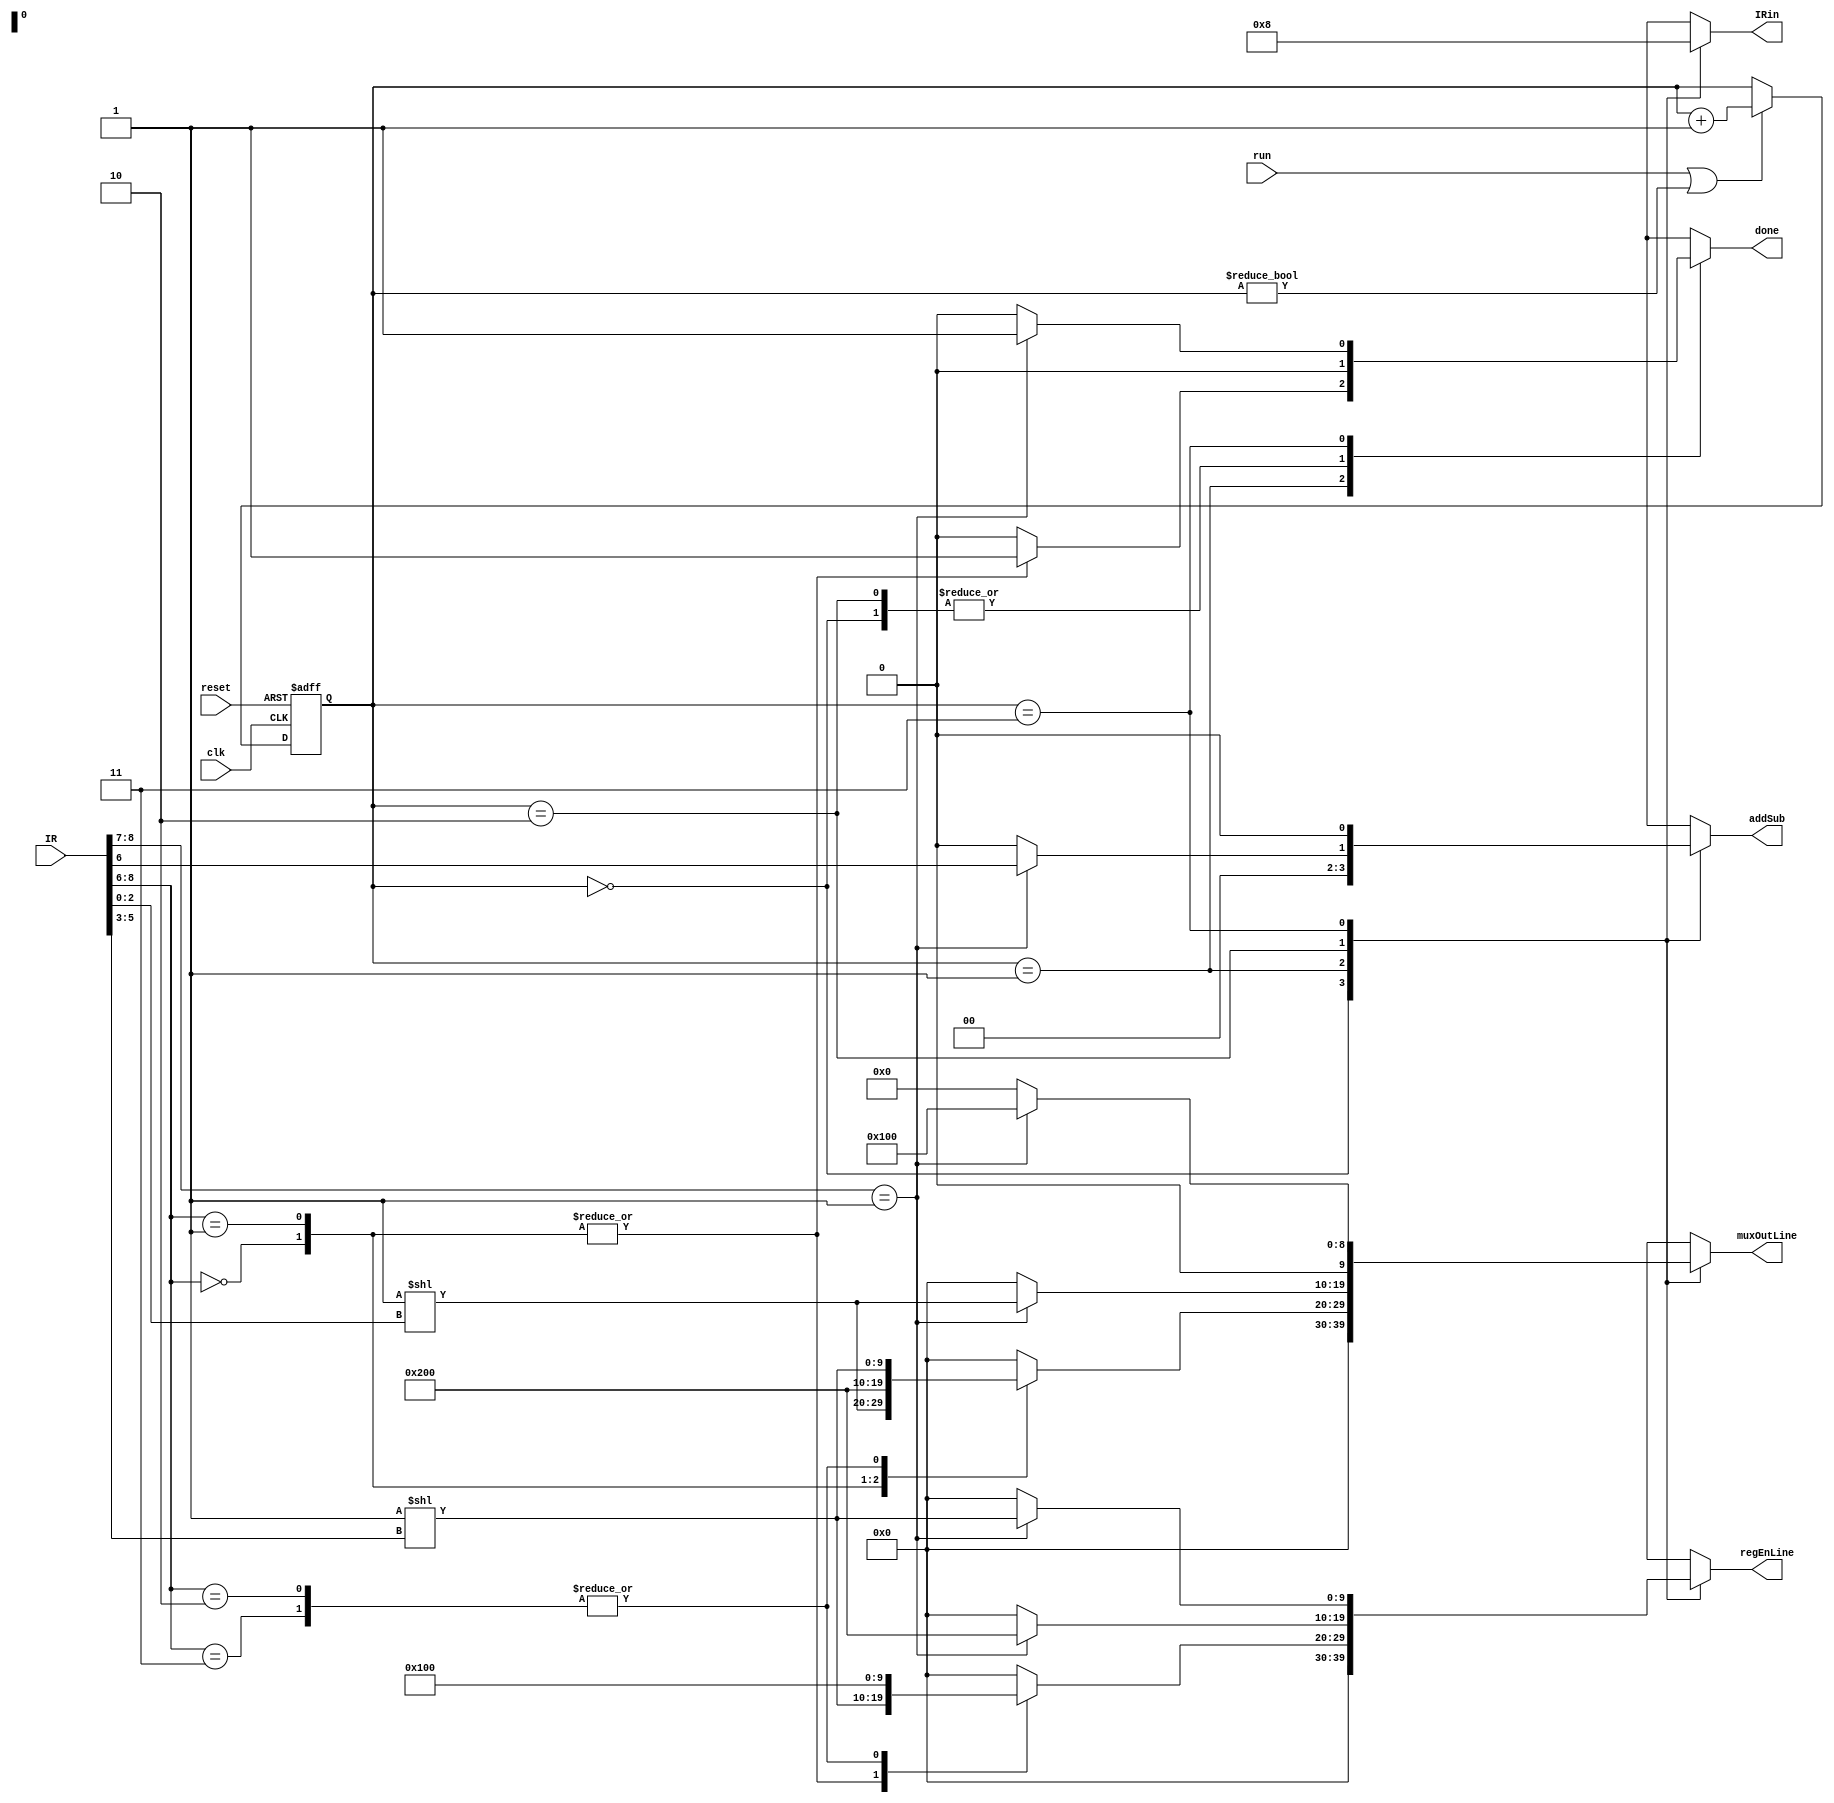
// Equivalent iverilog simulation code
module controlUnit(
	output reg  [9:0] muxOutLine,
	output reg  [9:0] regEnLine,
	output reg  IRin, addSub, done,
	input  wire [08:0] IR,
	input  wire run, reset, clk
);
	reg [1:0] count;
	
	// Counter Control
	always @(posedge clk or negedge reset) begin
		if(~reset)
			count <= 2'b0;
		else if(run | count != 0)				// Run required for only one clk cycle.
			count <= count + 2'b1;
	end
	
	// Control Unit (Combinational Main part)
	always @(*) begin
		case (count)
			// Time Step 0
			2'b00: begin	//Update IR
				{muxOutLine, regEnLine} = 20'b0;
				{IRin, addSub, done} = 3'b100;
			end
			// Time Step 1
			2'b01:
			case(IR[8:6])
				3'b000: begin		// mv handle
					muxOutLine = 1'b1 << IR[2:0];		// Source
					regEnLine  = 1'b1 << IR[5:3];		// Destination
					{IRin, addSub, done} = {2'b0, 1'b1};
				end
				3'b001: begin			// mvi handle
					muxOutLine = 1'b1 << 9;				// Enable Din for mux select
					regEnLine  = 1'b1 << IR[5:3];		// Destination
					{IRin, addSub, done} = {2'b0, 1'b1};
				end
				3'b010, 3'b011: begin// add/Sub Handle
					muxOutLine = 1'b1 << IR[5:3];		// Source
					regEnLine  = 1'b1 << 8;				// Destination (A on loc8)
					{IRin, addSub, done} = 3'b0;
				end
				default: begin
					muxOutLine = 10'b0;
					regEnLine  = 10'b0;
					{IRin, addSub, done} = 3'b0;
				end
			endcase
			// Time Step 2
			2'b10:
				if(IR[8:7] == 2'b01)begin
					muxOutLine = 1'b1 << IR[2:0];
					regEnLine  = 1'b1 << 9;			// Destination (Gin Enable on Loc9)
					addSub = IR[6];					// 0 for Add. 1 for Sub
					{IRin, done} = 2'b0;
				end
				else begin		// This is combinational logic. Heed the else's to avoid latches.
					muxOutLine = 10'b0;
					regEnLine  = 10'b0;
					{IRin, addSub, done} = 3'b0;
				end
			// Time Step 3
			2'b11:
				if(IR[8:7] == 2'b01)begin
					muxOutLine = 1'b1 << 8;				// Gout enable
					regEnLine  = 1'b1 << IR[5:3];		// Rx in.
					{IRin, addSub, done} = 3'b1;		// Send Done signal.
				end
				else begin		// This is combinational logic. Heed the else's to avoid latches.
					muxOutLine = 10'b0;
					regEnLine  = 10'b0;
					{IRin, addSub, done} = 3'b0;
				end
		endcase
	end
endmodule

module regBank(
	output reg  [15:0] bus,
	input  wire [15:0] G, Din,
	input  wire [07:0] RxEn, RxSel,
	input  wire GSel, DinSel,
	input  wire reset, clk
);
	integer i;
	reg [15:0] R [7:0];
	wire [15:0] Ra, Rb, Rc, Rd;
	
	assign Ra = R[0];
	assign Rb = R[1];
	assign Rc = R[2];
	assign Rd = R[3];
	// Register Logic
	always @(posedge clk or negedge reset) begin
		if(~reset)
			for(i=0; i<8; i=i+1)
				R[i] <= 16'd0;
		else for(i=0; i<8; i=i+1) begin
			if(RxEn[i])
				R[i] <= bus;
		end
	end
	// Mux Logic
	always @(*) begin
		bus = 0;
		if(GSel)
			bus = G;
		else if(DinSel)
			bus = Din;
		else for(i=0; i<8; i=i+1)
			if(RxSel[i])
				bus = R[i];
	end
endmodule


module proc(
	output wire [15:0] bus,
	output wire done,
	input  wire [15:0] Din,
	input  wire run, reset, clk 
);
	wire [9:0] muxOutLine, regEnLine;
	wire IRin, addSub;
	reg  [8:0] IR;
	reg  [15:0] A, G;
	
	// Reg A, G handle
	always @(posedge clk or negedge reset) begin
		if(~reset)
			{A, G} <= 32'd0;
		else begin
			if(regEnLine[8])
				A <= bus;
			if(regEnLine[9])
				G <= addSub ? A-bus: A+bus;
		end
	end
	
	// Instrunction Register Handle
	always @(posedge clk or negedge reset) begin
		if(~reset)
			IR <= 9'd0;
		else if(IRin)
			IR <= Din[15:7];
	end
	
	controlUnit CU0(
		muxOutLine,
		regEnLine,
		IRin, addSub, done,
		IR,
		run, reset, clk
	);
	
	regBank RB0(
		bus,
		G, Din,
		regEnLine[7:0], muxOutLine[7:0],
		muxOutLine[8], muxOutLine[9],
		reset, clk
	);
endmodule

module main;
	wire [15:0] bus;
	wire done;
	reg  [15:0] Din;
	reg  run, reset, clk;
	
	integer i=0;
	proc P0(bus, done, Din, run, reset, clk);
	
	initial begin
		$dumpfile("test.vcd");
		$dumpvars(0, main);
		
		#0 reset=1; run=0; clk=0; Din=0;
		#1 reset=0; #1 reset=1;
		
		#0 run=1'b1;
		
		// mv R0, #10				
		#0 Din=16'h2400;					//m
		#1 clk = ~clk; #1 clk = ~clk;		//p
		#1 Din=16'h000A;					//m
		#1 clk = ~clk; #1 clk = ~clk;		//p
		#1 clk = ~clk; #1 clk = ~clk;		//p
		#1 clk = ~clk; #1 clk = ~clk;		//p
		
		// mv R1, #20				
		#0 Din=16'h2800;					//m
		#1 clk = ~clk; #1 clk = ~clk;		//p
		#1 Din=16'h0014;					//m
		#1 clk = ~clk; #1 clk = ~clk;		//p
		#1 clk = ~clk; #1 clk = ~clk;		//p
		#1 clk = ~clk; #1 clk = ~clk;		//p
		
		// add R1, R2				
		#0 Din=16'h4500;					//m
		#1 clk = ~clk; #1 clk = ~clk;		//p
		#1 clk = ~clk; #1 clk = ~clk;		//p
		#1 clk = ~clk; #1 clk = ~clk;		//p
		#1 clk = ~clk; #1 clk = ~clk;		//p
	end
endmodule